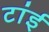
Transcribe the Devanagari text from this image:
टांई